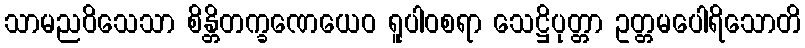
သာမညဝိသေသာ စိန္တိတက္ခဏေယေဝ ရူပါဝစရာ သေဋ္ဌိပုတ္တာ ဥတ္တမပေါရိသောတိ